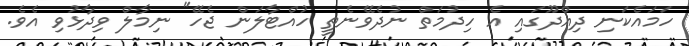
ހަމައެކަނި ދިއްދޫގައި އެ ހިދުމަތް ނުދެވޭނެތީ ހުއްޓާލަން ޖެހޭ" ނިމާލް ވިދާޅުވި އެވެ.